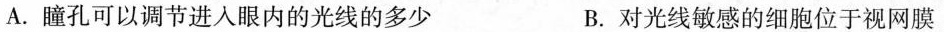
A.瞳孔可以调节进入眼内的光线的多少 B.对光线敏感的细胞位于视网膜